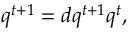
\begin{array} { r } { { \boldsymbol { q } } ^ { t + 1 } = { \boldsymbol { d } } { \boldsymbol { q } } ^ { t + 1 } { \boldsymbol { q } } ^ { t } , } \end{array}